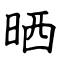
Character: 晒